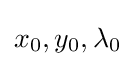
x_{0},y_{0},\lambda _{0}